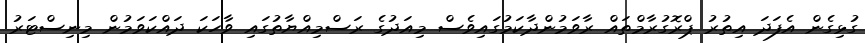
ގުޅިގެން އެފަދަ އިތުރު ޕްރޮގުރާމްތައް ރާވަމުންދާކަމުގައިވެސް މިއަދުގެ ރަސްމިއްޔާތުގައި ވާހަކަ ދައްކަވަމުން މިނިސްޓަރު